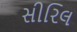
સીરિલ